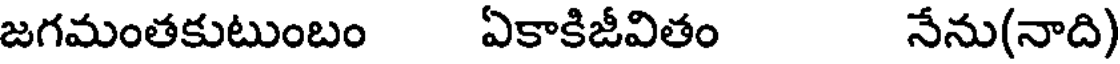
జగమంతకుటుంబం ఏకాకిజీవితం నేను(నాది)